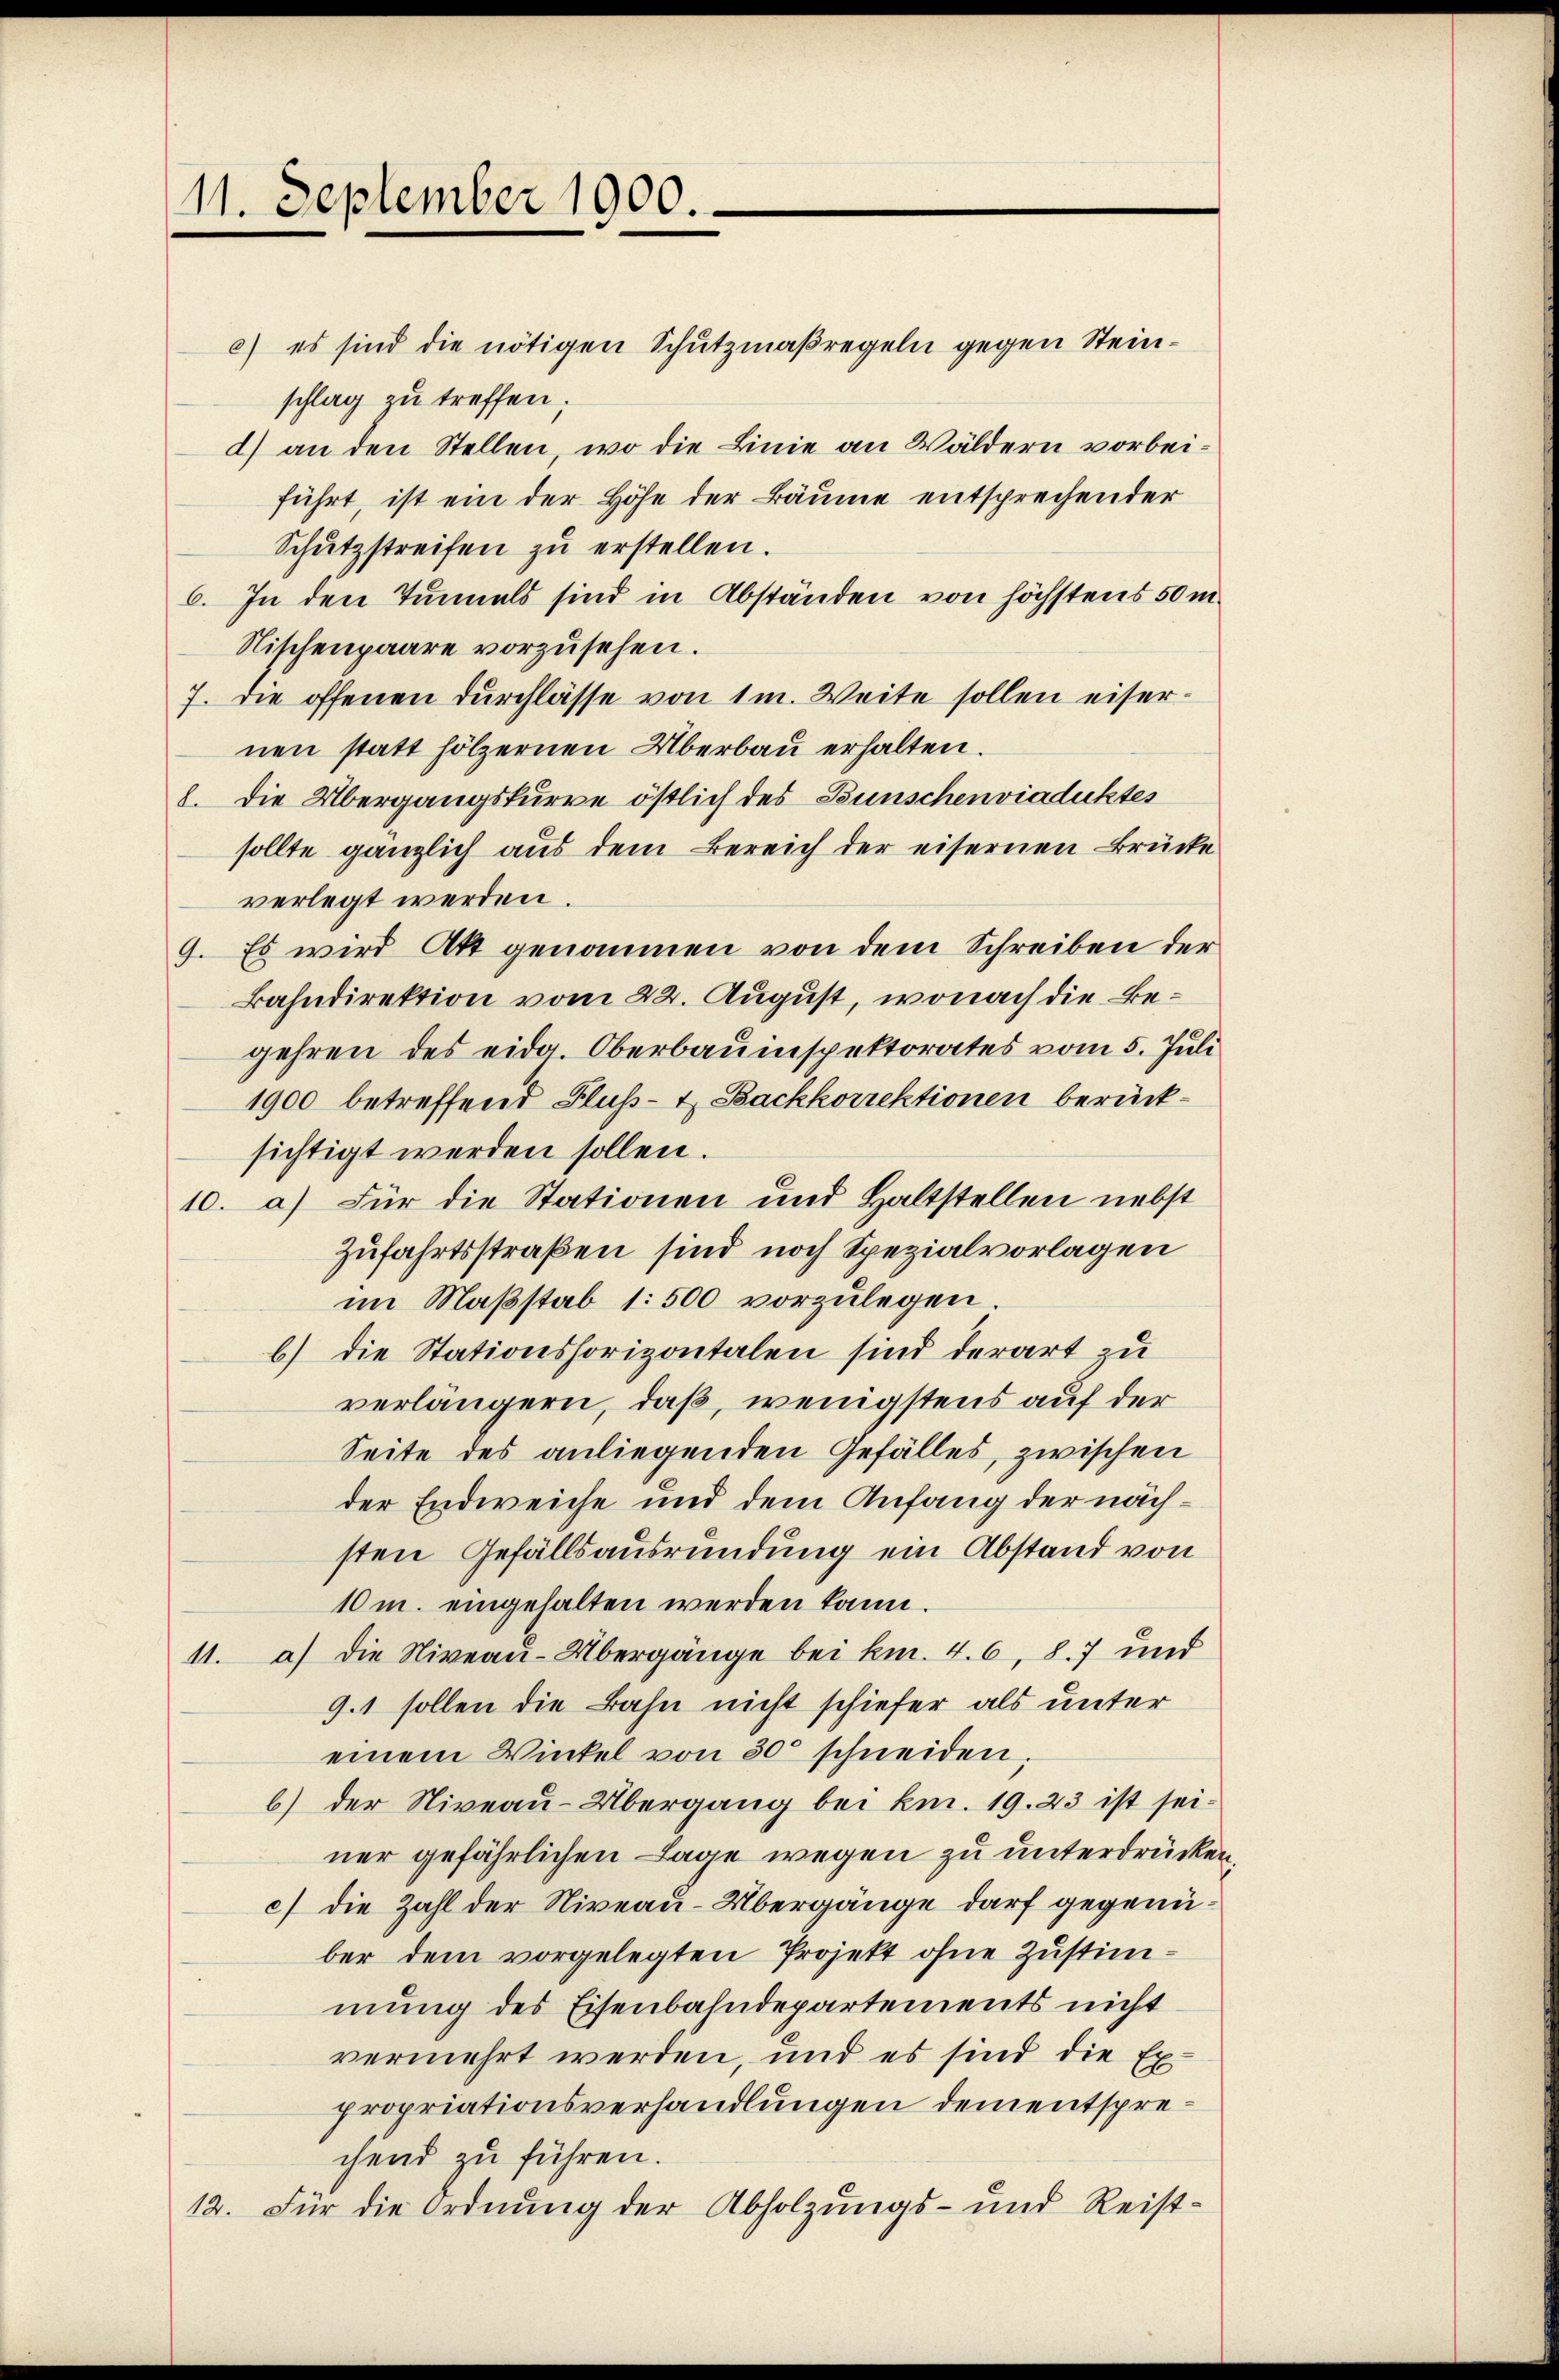
11. September 1900.

c) es sind die nötigen Schutzmaßregeln gegen Steinschlag zu treffen;
d) an den Stellen, wo die Linie an Wäldern vorbeiführt, ist ein der Höhe der Bäume entsprechender
Schŭtzstreifen zu erstellen.
6. In den Tunnels sind in Abständen von höchstens 50 m.
Nischenpaare vorzusehen.
7. Die offenen Durchlasse von 1m. Weite sollen eiser-
nen statt hölzernen Überbau erhalten.
8. Die Übergangskurve östlich des Bunschenviaduktes
sollte gänzlich aus dem Bereich der eisernen Brücke
verlegt werden.
9. Es wird Akt genommen von dem Schreiben der
Bahndirektion vom 22. August, wonach die Begehren des eidg. Oberbauinspektorates vom 5. Juli
1900 betreffend Fluß- & Backkorrektionen berücksichtigt werden sollen.
10. a) Für die Stationen und Haltstellen nebst
Zufahrtsstraßen sind noch Spezialvorlagen
im Maßstab 1: 500 vorzulegen.
b) die Stationshorizontalen sind derart zu
verlängern, daß, wenigstens auf der
Seite des anliegenden Gefälles, zwischen
der Endweiche und dem Anfang der nächsten Gefällsausrundung ein Abstand von
10 m. eingehalten werden kann.
11. a) die Niveau-Übergänge bei km. 4. 6, 87 und
9.1 sollen die Bahn nicht schiefer als unter
einem Winkel von 30 schneiden;
b) der Niveau-Übergang bei kn. 19. 23 ist sei-
ner gefährlichen Lage wegen zu unterdrücken,
c) die Zahl der Niveau-Übergänge darf gegenüber dem vorgelegten Projekt ohne Zustimmung des Eisenbahndepartements nicht
vermehrt werden, und es sind die Ex-
propriationsverhandlungen dementsprechend zu führen.
12. Für die Ordnung der Abholzungs- und Reist-